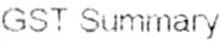
GST SUMMARY